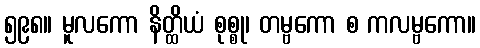
၅၉၈။ မူလကော နိတ္ထိယံ စုစ္စု၊ တမ္ဗကော စ ကလမ္ဗကော။